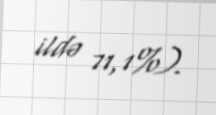
ildə 71,1%).